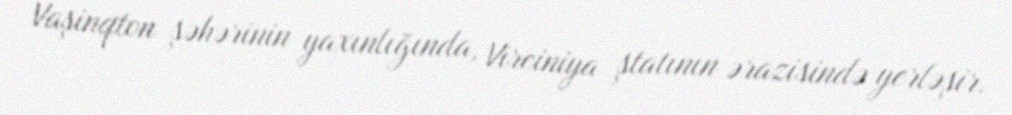
Vaşinqton şəhərinin yaxınlığında, Virciniya ştatının ərazisində yerləşir.